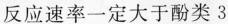
反应速率一定大于酚类3